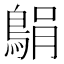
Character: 𫚼